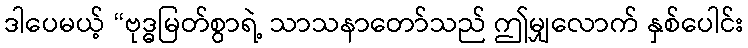
ဒါပေမယ့် “ဗုဒ္ဓမြတ်စွာရဲ့ သာသနာတော်သည် ဤမျှလောက် နှစ်ပေါင်း